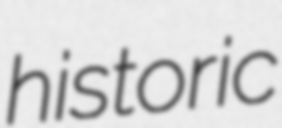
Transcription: historic